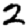
Digit: 2